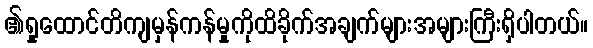
၏ရှုထောင်တိကျမှန်ကန်မှုကိုထိခိုက်အချက်များအများကြီးရှိပါတယ်။